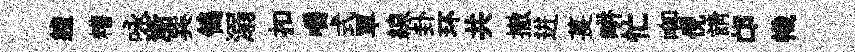
軆糟咏淅巽鴒溺扣嚼式單線卦环共撤进萇畊忙唧倪請邙幟